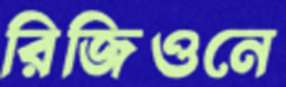
রিজিওনে